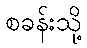
စခန်းသို့